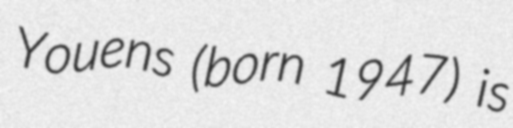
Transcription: Youens (born 1947) is